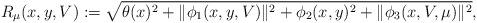
LaTeX: \begin{align*}R_{\mu}(x,y,V):=\sqrt{\theta(x)^2+\|\phi_1(x,{y},{V})\|^2+\phi_2(x,y)^2+\|\phi_3(x,V,\mu)\|^2}, \end{align*}